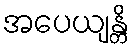
အပေယျန္တိ